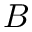
B